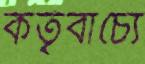
কর্তৃবাচ্যে